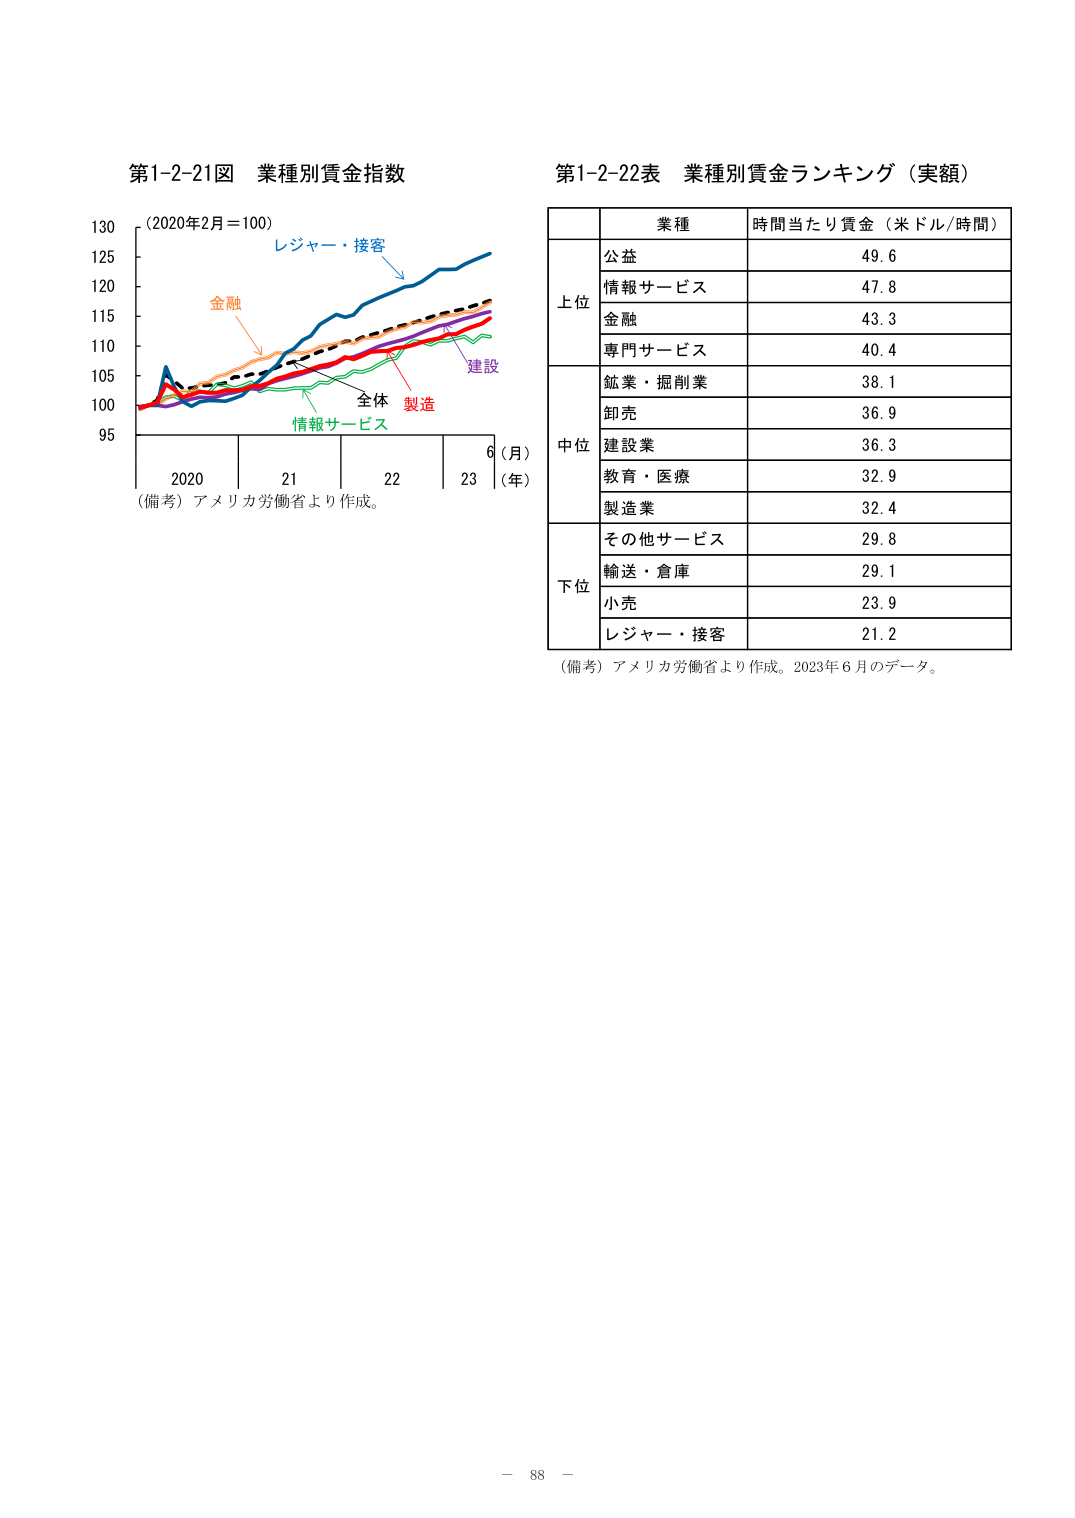
第1-2-21図 業種別賃金指数
(2020年2月＝100)
レジャー・接客
金融
全体 製造
情報サービス
建設
2020 21 22 23 6（月）
（年）
（備考）アメリカ労働省より作成。

第1-2-22表 業種別賃金ランキング（実額）
業種 時間当たり賃金（米ドル/時間）
上位
公益 49.6
情報サービス 47.8
金融 43.3
専門サービス 40.4
中位
鉱業・掘削業 38.1
卸売 36.9
建設業 36.3
教育・医療 32.9
製造業 32.4
下位
その他サービス 29.8
輸送・倉庫 29.1
小売 23.9
レジャー・接客 21.2
（備考）アメリカ労働省より作成。2023年6月のデータ。

－ 88 －